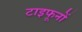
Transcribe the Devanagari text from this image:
टाइफूनों